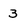
Character: 3